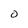
Character: O